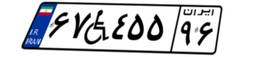
۶۷W۴۵۵۹۶